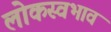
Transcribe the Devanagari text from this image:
लोकस्वभाव